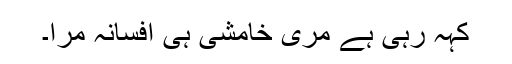
کہہ رہی ہے مری خامشی ہی افسانہ مرا۔